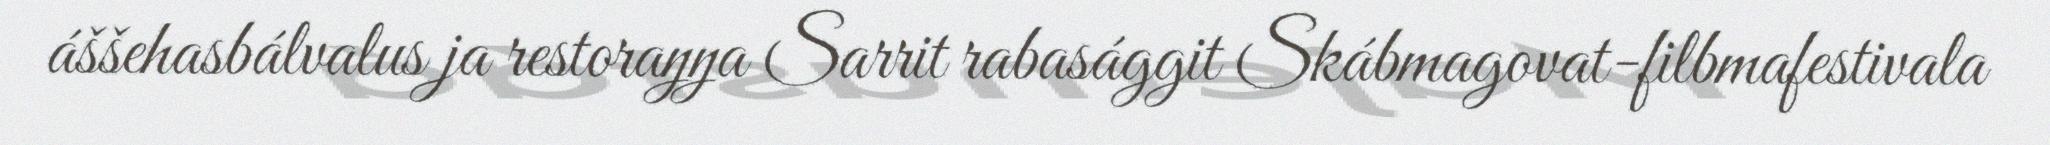
áššehasbálvalus ja restoraŋŋa Sarrit rabasággit Skábmagovat-filbmafestivala